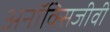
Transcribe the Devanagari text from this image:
अनॉक्सिजीवी